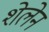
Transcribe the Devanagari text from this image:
शेलेन